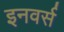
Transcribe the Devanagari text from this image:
इनवर्स